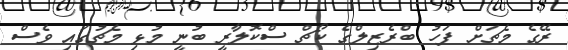
ރޭގެ މެޗަށް ފަހު ބްރެޒިލްގެ ކޯޗް ސްކޮލާރީ ބުނީ މުޅި މެޗުގައި ވެސް